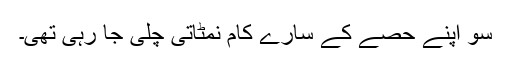
سو اپنے حصے کے سارے کام نمٹاتی چلی جا رہی تھی۔